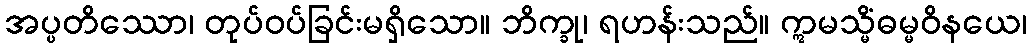
အပ္ပတိဿော၊ တုပ်ဝပ်ခြင်းမရှိသော။ ဘိက္ခု၊ ရဟန်းသည်။ ဣမသ္မိံဓမ္မဝိနယေ၊